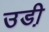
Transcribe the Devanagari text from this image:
उडी़